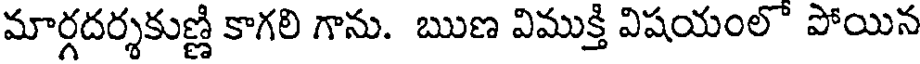
మార్గదర్శకుణ్ణి కాగలి గాను. ఋణ విముక్తి విషయంలో పోయిన